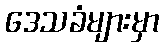
ဒေသခံများမှာ